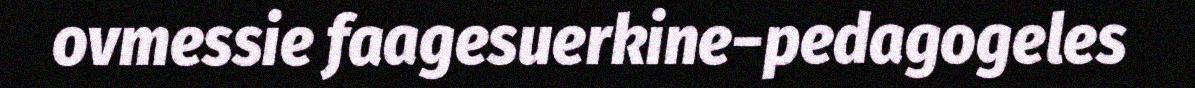
ovmessie faagesuerkine−pedagogeles